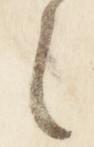
之